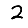
Digit: 2